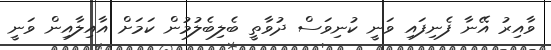
ވާއިރު އޭނާ ފެނިފައި ވަނީ ކުނިވަސް ދުވާތީ ބެލިބެލުމުން ކަމަށް އާއިލާއިން ވަނީ